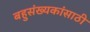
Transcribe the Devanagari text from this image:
बहुसंख्यकांसाठी